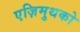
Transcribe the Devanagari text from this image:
एज़िमुथको